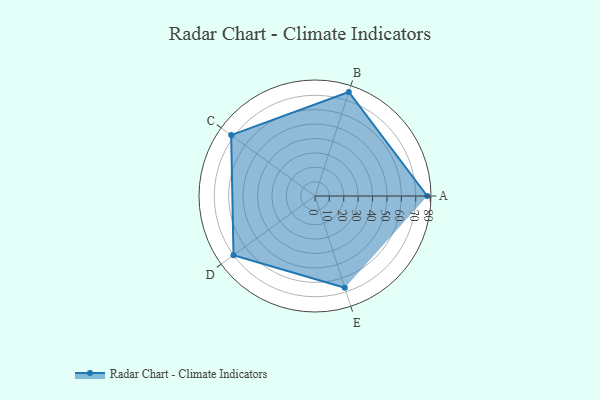
{"axis": {"x": "Skill", "y": "Score"}, "legend": ["Profile"], "data": [{"x": "A", "y": 78.0, "type": "Profile"}, {"x": "B", "y": 76.0, "type": "Profile"}, {"x": "C", "y": 72.0, "type": "Profile"}, {"x": "D", "y": 70.0, "type": "Profile"}, {"x": "E", "y": 67.0, "type": "Profile"}]}